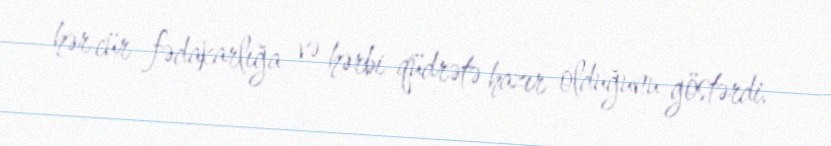
hər cür fədakarlığa və hərbi qüdrətə hazır olduğunu göstərdi.